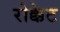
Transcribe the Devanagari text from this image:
रोक्केट